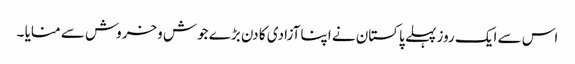
اس سے ایک روز پہلے پاکستان نے اپنا آزادی کا دن بڑے جوش وخروش سے منایا ۔